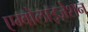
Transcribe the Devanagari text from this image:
एम्बोलाइज़ेशन